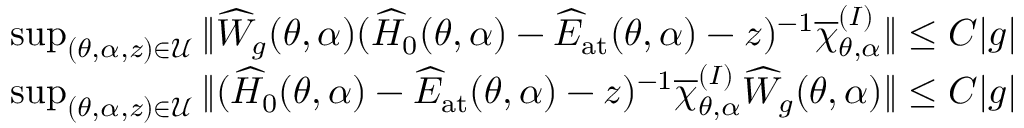
\begin{array} { r l } & { \operatorname* { s u p } _ { ( \theta , \alpha , z ) \in \mathcal { U } } \| \widehat { W } _ { g } ( \theta , \alpha ) ( \widehat { H } _ { 0 } ( \theta , \alpha ) - \widehat { E } _ { \mathrm { a t } } ( \theta , \alpha ) - z ) ^ { - 1 } \overline { { \chi } } _ { \theta , \alpha } ^ { ( I ) } \| \leq C | g | } \\ & { \operatorname* { s u p } _ { ( \theta , \alpha , z ) \in \mathcal { U } } \| ( \widehat { H } _ { 0 } ( \theta , \alpha ) - \widehat { E } _ { \mathrm { a t } } ( \theta , \alpha ) - z ) ^ { - 1 } \overline { { \chi } } _ { \theta , \alpha } ^ { ( I ) } \widehat { W } _ { g } ( \theta , \alpha ) \| \leq C | g | } \end{array}